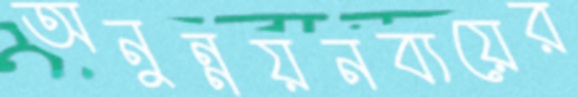
অনুন্নয়নব্যয়ের